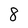
Character: 8